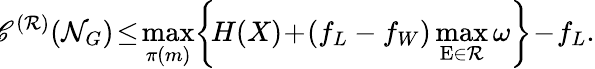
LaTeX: \! \! \mathscr{C}^{(\mathcal{R})}(\mathcal{N}_{G})\! \leq\! \operatorname*{max}_{\pi(m)}\! \left\{ \! H(X)\! +\! (f_{L}-f_{W})\operatorname*{max}_{\mathrm{E}\in\mathcal{R}}\omega\right\} \! -\! f_{L}.